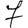
Digit: 7